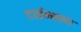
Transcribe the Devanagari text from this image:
टाईम्सला